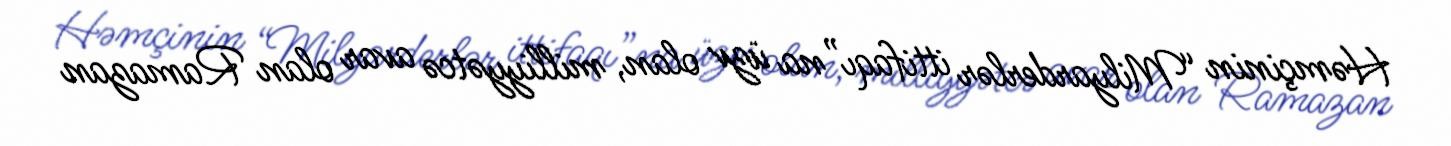
Həmçinin “Milyarderlər ittifaqı”na üzv olan, milliyyətcə avar olan Ramazan